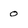
Character: o